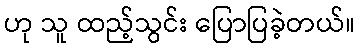
ဟု သူ ထည့်သွင်း ပြောပြခဲ့တယ်။